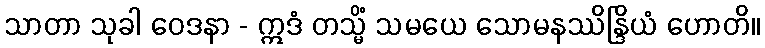
သာတာ သုခါ ဝေဒနာ - ဣဒံ တသ္မိံ သမယေ သောမနဿိန္ဒြိယံ ဟောတိ။